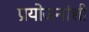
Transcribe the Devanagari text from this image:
प्रयोजनांशी